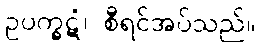
ဥပက္ခဋံ၊ စီရင်အပ်သည်။